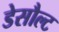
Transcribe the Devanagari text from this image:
डेसौल्ट